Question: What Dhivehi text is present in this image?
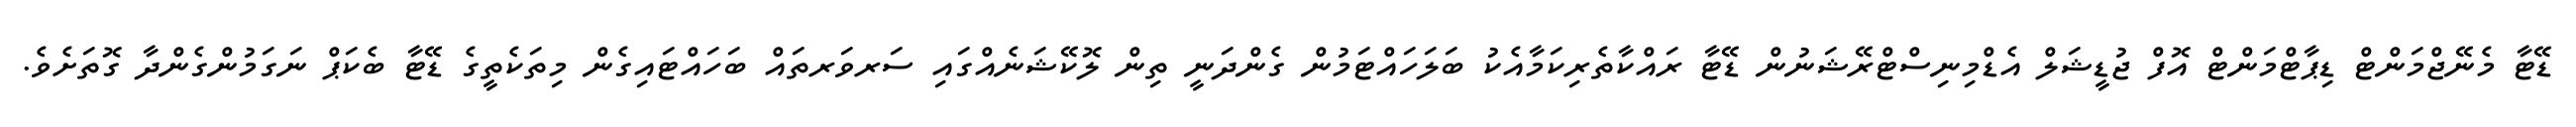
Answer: ޑޭޓާ މެނޭޖްމަންޓް ޑިޕާޓްމަންޓް އޮފް ޖުޑީޝަލް އެޑްމިނިސްޓްރޭޝަނުން ޑޭޓާ ރައްކާތެރިކަމާއެކު ބަލަހައްޓަމުން ގެންދަނީ ތިން ލޮކޭޝަނެއްގައި ސަރވަރތައް ބަހައްޓައިގެން މިތަކެތީގެ ޑޭޓާ ބެކަޕް ނަގަމުންގެންދާ ގޮތަށެވެ.